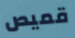
قميص